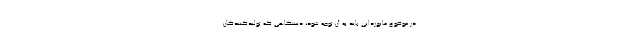
در موضوع مانع‌زدایی باید به آن توجه شود، دستگاهی که تولیدکنندگان